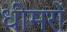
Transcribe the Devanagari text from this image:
धीमरों